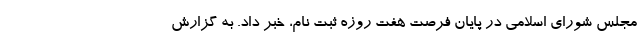
مجلس شورای اسلامی در پایان فرصت هفت روزه ثبت نام، خبر داد. به گزارش